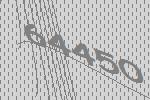
64450